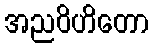
အညဝိဟိတော